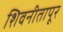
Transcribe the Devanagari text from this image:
शिवनीतापूर